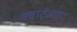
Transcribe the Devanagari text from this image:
क्वार्ट्‌ज़ाइट